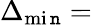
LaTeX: \Delta_{\operatorname*{mi\mathtt{n}}}=